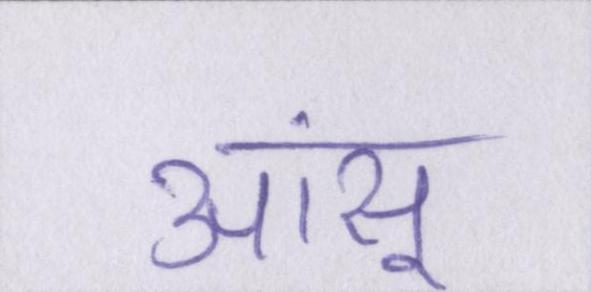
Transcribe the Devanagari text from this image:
आंसू